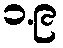
၁.၉